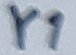
Text: Y1